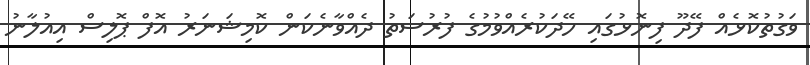
ވަގުތުކޮޅެއް ފޭދޫ ފިނޮޅުގައި ހޭދަކުރެއްވުމުގެ ފުރުސަތު ދެއްވާނެކަން ކޮމިޝަނަރު އޮފް ޕޮލިސް އިއުލާނު